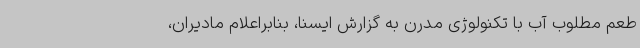
طعم مطلوب آب با تکنولوژی مدرن به گزارش ایسنا، بنابراعلام مادیران،